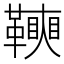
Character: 𩍟